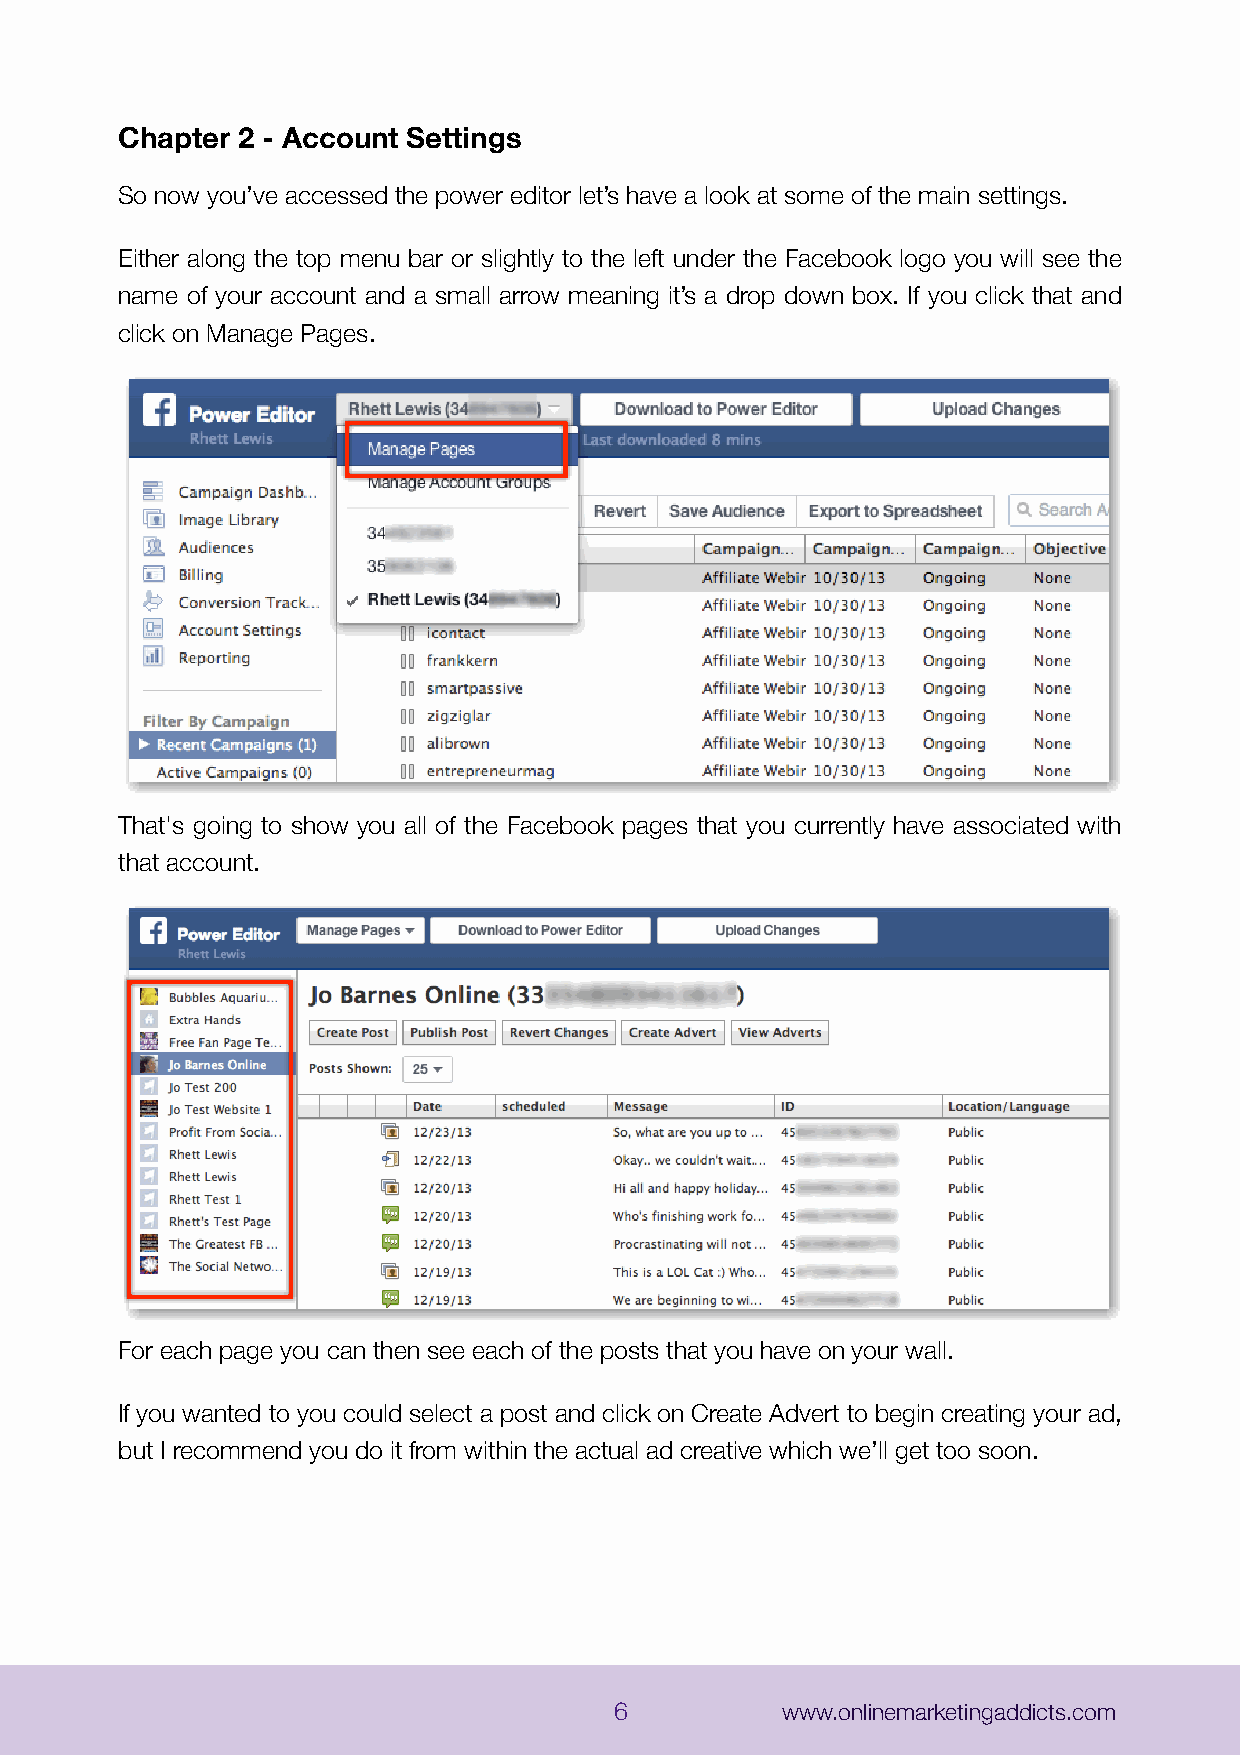
Chapter 2 - Account Settings
 So now you’ve accessed the power editor let’s have a look at some of the main settings.
 Either along the top menu bar or slightly to the left under the Facebook logo you will see the
 name of your account and a small arrow meaning it’s a drop down box. If you click that and
 click on Manage Pages.
 That's going to show you all of the Facebook pages that you currently have associated with
 that account.
 For each page you can then see each of the posts that you have on your wall.
 If you wanted to you could select a post and click on Create Advert to begin creating your ad,
 but I recommend you do it from within the actual ad creative which we’ll get too soon.
 6          www.onlinemarketingaddicts.com